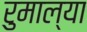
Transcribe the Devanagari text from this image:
रुमाल्या